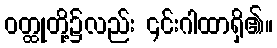
ဝတ္ထုတို့၌လည်း ၎င်းဂါထာရှိ၏။